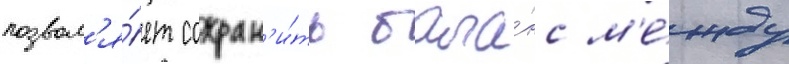
позвол'я́ет сохран'и́ть бала́нс м'е́жду